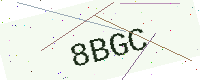
Text: 8BGC